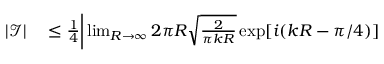
\begin{array} { r l } { | \mathcal { I } | } & { { } \le \frac { 1 } { 4 } \bigg | \operatorname* { l i m } _ { R \to \infty } 2 \pi R \sqrt { \frac { 2 } { \pi k R } } \exp [ i ( k R - \pi / 4 ) ] } \end{array}